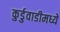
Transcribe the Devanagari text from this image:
कुर्डुवाडीमध्ये